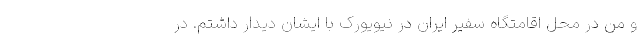
و من در محل اقامتگاه سفیر ایران در نیویورک با ایشان دیدار داشتم. در